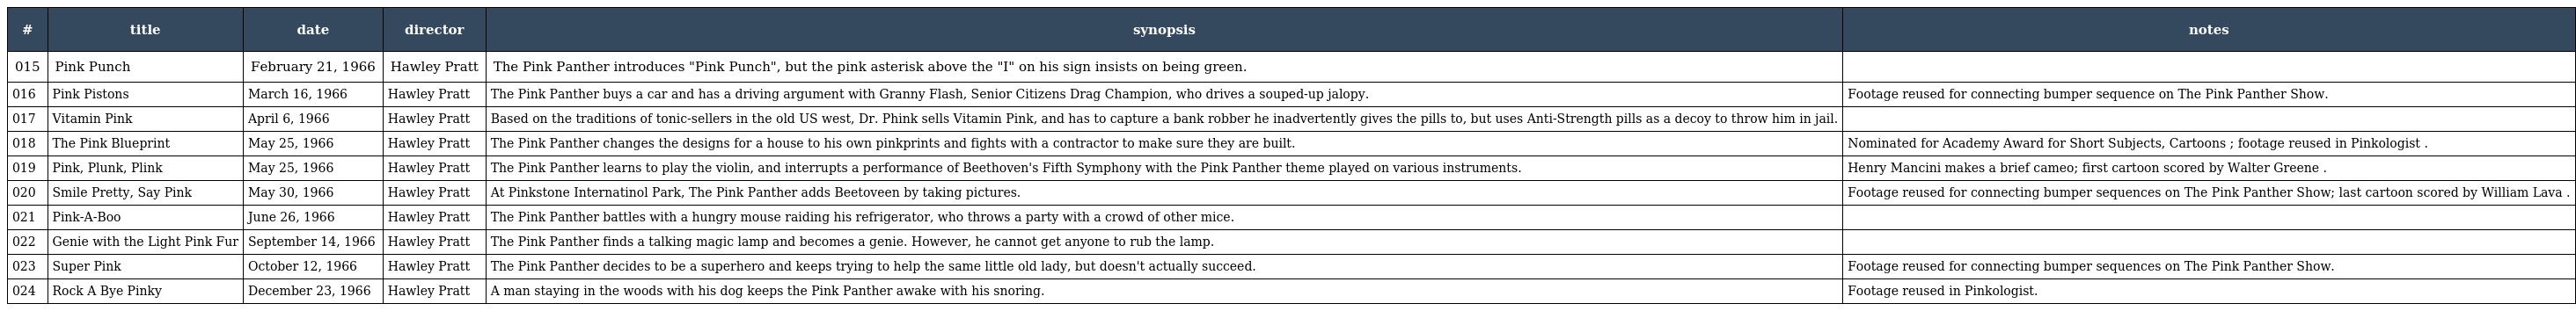
| # | title | date | director | synopsis | notes |
 | --- | --- | --- | --- | --- | --- |
 | 015 | Pink Punch | February 21, 1966 | Hawley Pratt | The Pink Panther introduces "Pink Punch", but the pink asterisk above the "I" on his sign insists on being green. |  |
 | 016 | Pink Pistons | March 16, 1966 | Hawley Pratt | The Pink Panther buys a car and has a driving argument with Granny Flash, Senior Citizens Drag Champion, who drives a souped-up jalopy. | Footage reused for connecting bumper sequence on The Pink Panther Show. |
 | 017 | Vitamin Pink | April 6, 1966 | Hawley Pratt | Based on the traditions of tonic-sellers in the old US west, Dr. Phink sells Vitamin Pink, and has to capture a bank robber he inadvertently gives the pills to, but uses Anti-Strength pills as a decoy to throw him in jail. |  |
 | 018 | The Pink Blueprint | May 25, 1966 | Hawley Pratt | The Pink Panther changes the designs for a house to his own pinkprints and fights with a contractor to make sure they are built. | Nominated for Academy Award for Short Subjects, Cartoons ; footage reused in Pinkologist . |
 | 019 | Pink, Plunk, Plink | May 25, 1966 | Hawley Pratt | The Pink Panther learns to play the violin, and interrupts a performance of Beethoven's Fifth Symphony with the Pink Panther theme played on various instruments. | Henry Mancini makes a brief cameo; first cartoon scored by Walter Greene . |
 | 020 | Smile Pretty, Say Pink | May 30, 1966 | Hawley Pratt | At Pinkstone Internatinol Park, The Pink Panther adds Beetoveen by taking pictures. | Footage reused for connecting bumper sequences on The Pink Panther Show; last cartoon scored by William Lava . |
 | 021 | Pink-A-Boo | June 26, 1966 | Hawley Pratt | The Pink Panther battles with a hungry mouse raiding his refrigerator, who throws a party with a crowd of other mice. |  |
 | 022 | Genie with the Light Pink Fur | September 14, 1966 | Hawley Pratt | The Pink Panther finds a talking magic lamp and becomes a genie. However, he cannot get anyone to rub the lamp. |  |
 | 023 | Super Pink | October 12, 1966 | Hawley Pratt | The Pink Panther decides to be a superhero and keeps trying to help the same little old lady, but doesn't actually succeed. | Footage reused for connecting bumper sequences on The Pink Panther Show. |
 | 024 | Rock A Bye Pinky | December 23, 1966 | Hawley Pratt | A man staying in the woods with his dog keeps the Pink Panther awake with his snoring. | Footage reused in Pinkologist. |